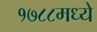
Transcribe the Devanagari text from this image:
१७८८मध्ये